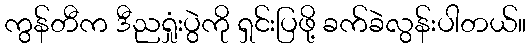
ကွန်တီက ဒီညရှုံးပွဲကို ရှင်းပြဖို့ ခက်ခဲလွန်းပါတယ်။